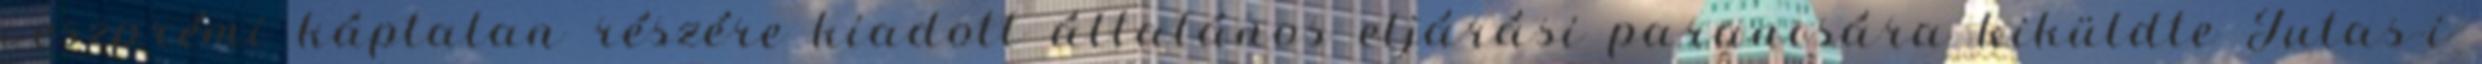
veszprémi káptalan részére kiadott általános eljárási parancsára kiküldte Jutas-i